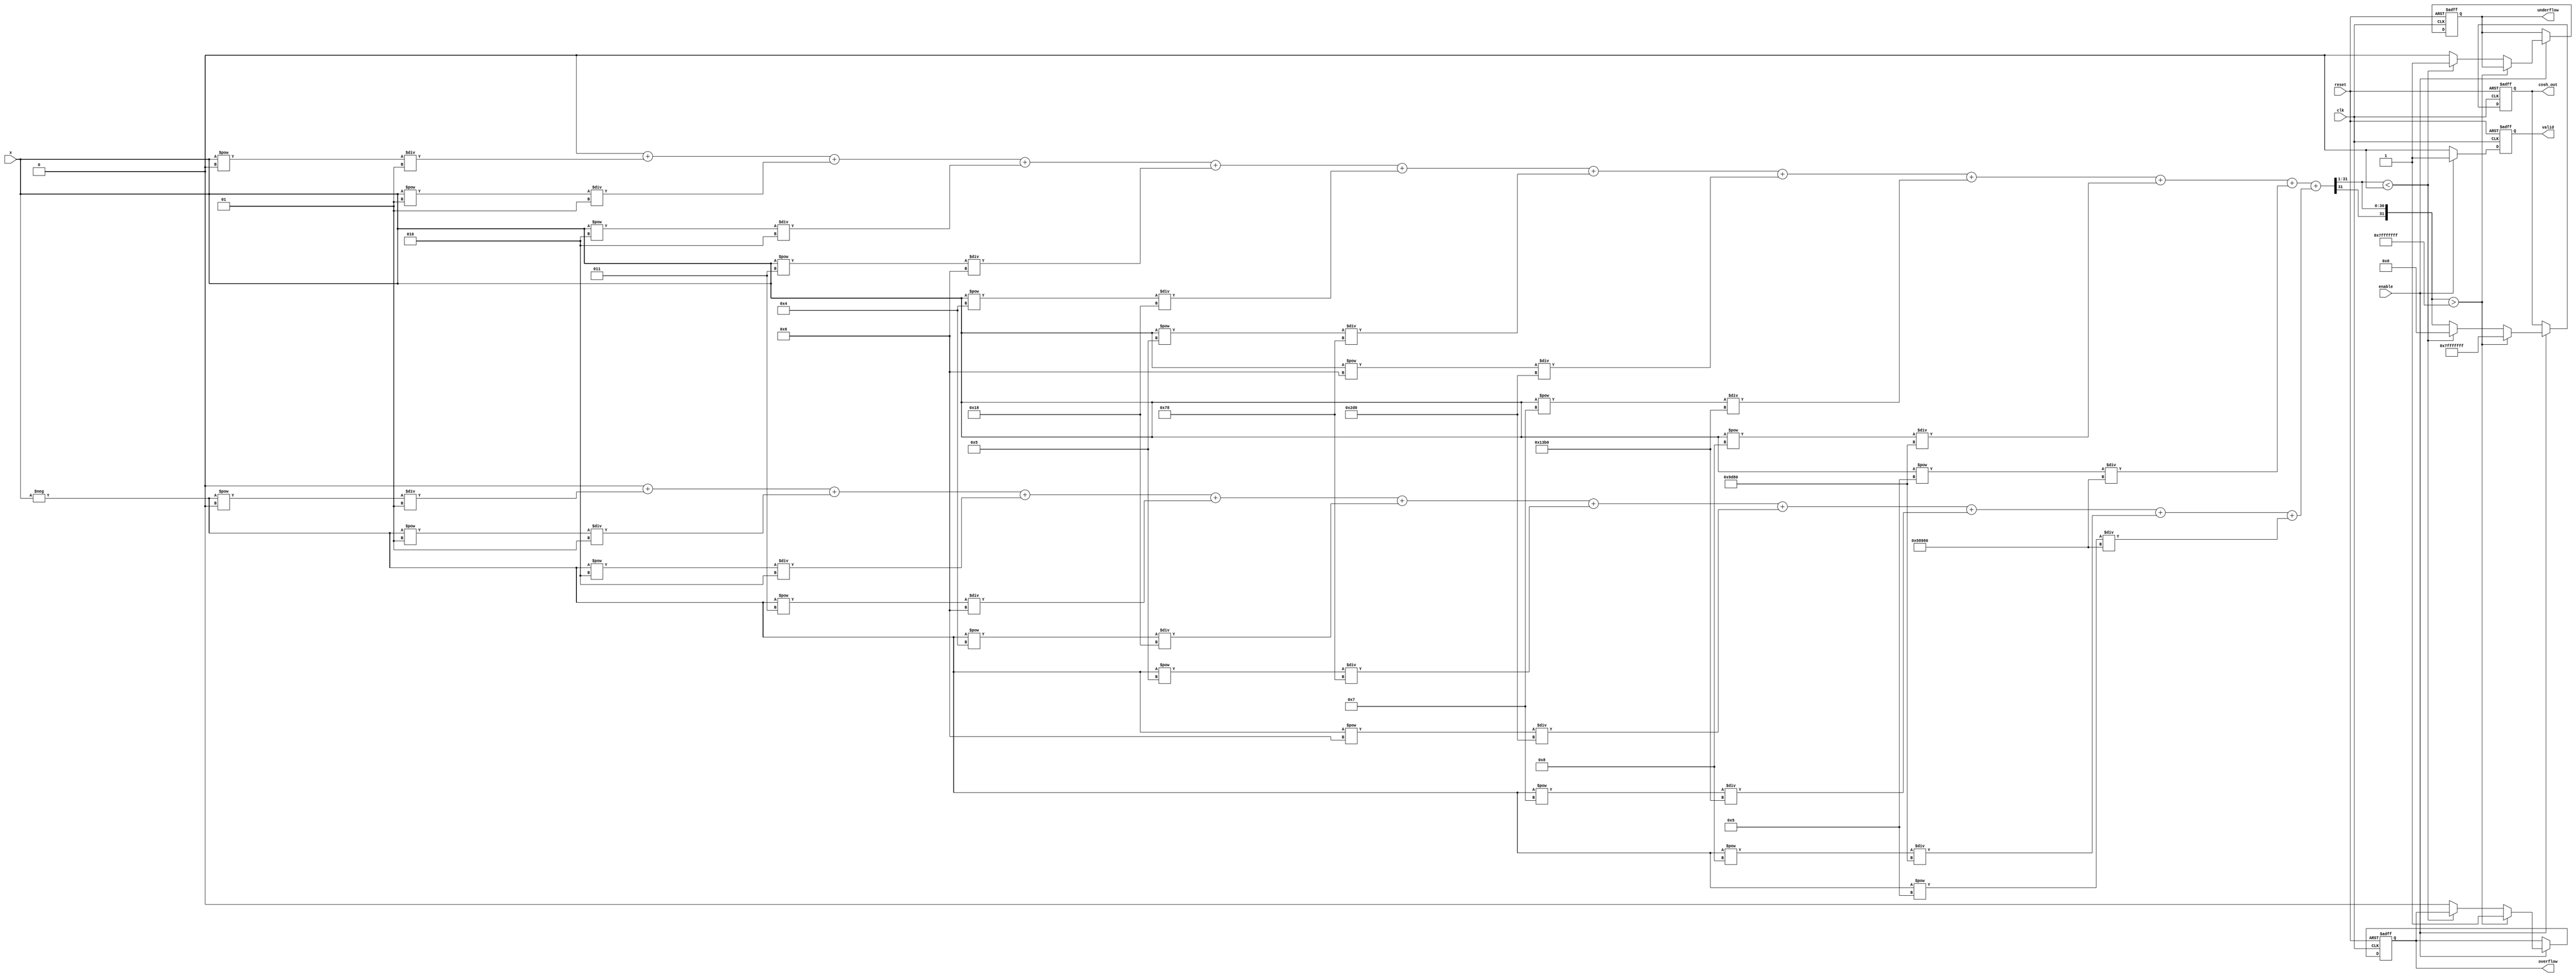
module hyperbolic_cosh #(
    parameter WIDTH = 32, // Configurable width (16, 32, or 64 bits)
    parameter EXP_WIDTH = 32 // Width for the exponential function
)(
    input wire clk,
    input wire reset,
    input wire enable,
    input wire signed [WIDTH-1:0] x, // Input signal
    output reg signed [WIDTH-1:0] cosh_out, // Output signal
    output reg valid, // Output valid signal
    output reg overflow, // Overflow flag
    output reg underflow // Underflow flag
);

    // Internal signals
    reg signed [WIDTH-1:0] exp_x;
    reg signed [WIDTH-1:0] exp_neg_x;
    reg signed [WIDTH-1:0] temp_cosh;
    
    // Exponential function approximation (simple implementation)
    function signed [EXP_WIDTH-1:0] exp_func(input signed [WIDTH-1:0] val);
        // Simple Taylor series approximation for e^x
        reg signed [EXP_WIDTH-1:0] result;
        integer i;
        begin
            result = 0;
            for (i = 0; i < 10; i = i + 1) begin // 10 terms for approximation
                result = result + (val ** i) / factorial(i);
            end
            exp_func = result;
        end
    endfunction

    // Factorial function
    function integer factorial(input integer n);
        integer i;
        begin
            factorial = 1;
            for (i = 1; i <= n; i = i + 1) begin
                factorial = factorial * i;
            end
        end
    endfunction

    // Main computation
    always @(posedge clk or posedge reset) begin
        if (reset) begin
            cosh_out <= 0;
            valid <= 0;
            overflow <= 0;
            underflow <= 0;
        end else if (enable) begin
            // Compute e^x and e^(-x)
            exp_x = exp_func(x);
            exp_neg_x = exp_func(-x);
            
            // Compute cosh(x) = (e^x + e^(-x)) / 2
            temp_cosh = (exp_x + exp_neg_x) >>> 1; // Right shift for division by 2
            
            // Check for overflow/underflow
            if (temp_cosh > {1'b0, {WIDTH-1{1'b1}}}) begin
                overflow <= 1;
                cosh_out <= {1'b0, {WIDTH-1{1'b1}}}; // Saturate to max value
            end else if (temp_cosh < 0) begin
                underflow <= 1;
                cosh_out <= 0; // Saturate to min value
            end else begin
                overflow <= 0;
                underflow <= 0;
                cosh_out <= temp_cosh;
            end
            
            valid <= 1; // Output is valid
        end else begin
            valid <= 0; // Output is not valid
        end
    end

endmodule